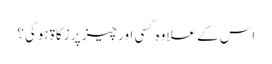
اس کے علاوہ کسی اور چیز پر زکاۃ ہوگی؟